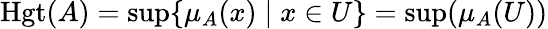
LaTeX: \operatorname{Hgt}(A)=\operatorname*{sup}\{ \mu_{A}(x)\mid x\in{U}\} =\operatorname*{sup}(\mu_{A}(U))